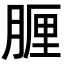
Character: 𦝟